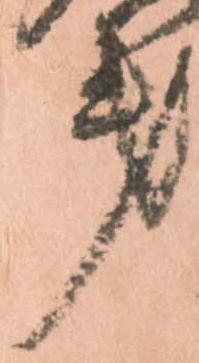
第